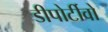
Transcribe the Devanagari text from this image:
डीपोर्टीवो